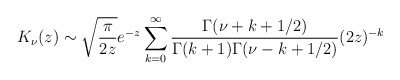
\begin{align*}K_\nu(z)\sim\sqrt{\frac{\pi}{2z}}e^{-z}\sum_{k=0}^{\infty}\frac{\Gamma(\nu+k+1/2)}{\Gamma(k+1)\Gamma(\nu-k+1/2)}(2z)^{-k} \end{align*}